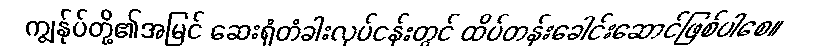
ကျွန်ုပ်တို့၏အမြင် ဆေးရုံတံခါးလုပ်ငန်းတွင် ထိပ်တန်းခေါင်းဆောင်ဖြစ်ပါစေ။